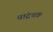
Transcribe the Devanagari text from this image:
चांद्रचक्र